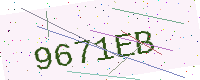
Text: 9671EB